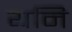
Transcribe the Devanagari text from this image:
यनि